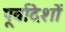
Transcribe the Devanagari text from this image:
पूर्वादेशों